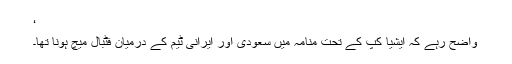
‘
واضح رہے کہ ایشیا کپ کے تحت منامہ میں سعودی اور ایرانی ٹیم کے درمیان فٹبال میچ ہونا تھا۔